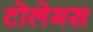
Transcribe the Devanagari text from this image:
टोलेमस